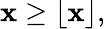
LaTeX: \mathbf{x}\geq\lfloor\mathbf{x}\rfloor,